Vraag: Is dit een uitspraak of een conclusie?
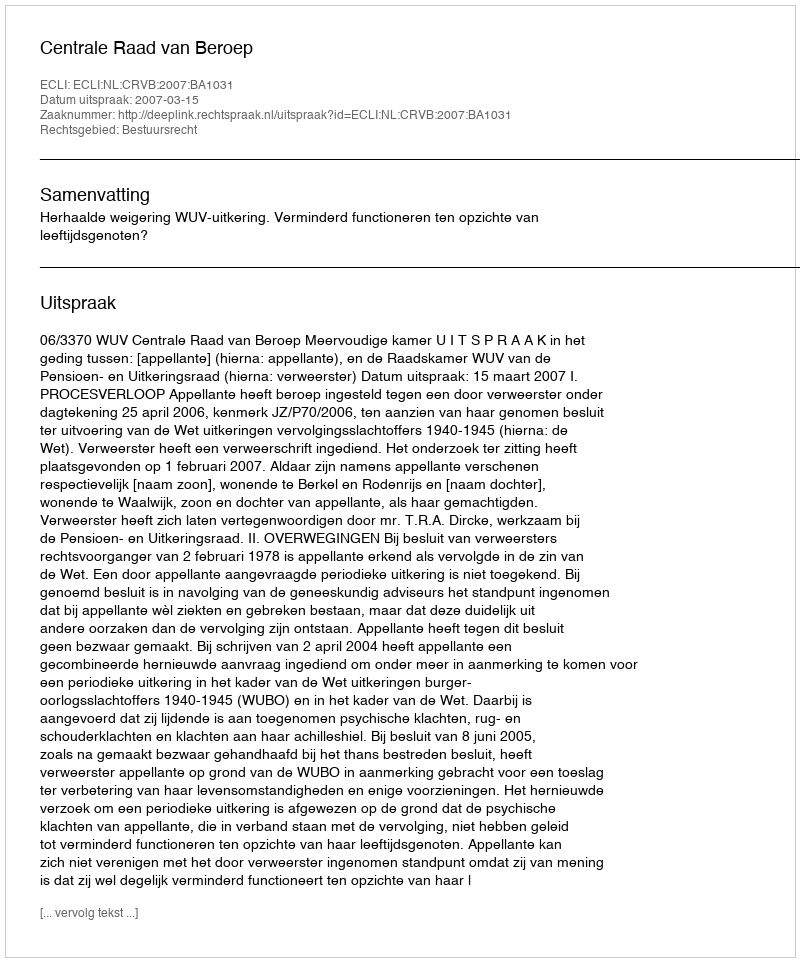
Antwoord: Uitspraak